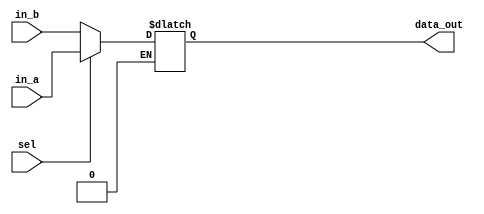
module register_swap(in_a, in_b, sel, data_out);

	/*
 	 * 	SWAP REG REGISTER FILE - swap_reg.v
 	 *	Inputs:	
 	 *		-in_a (4bits): Address of Rs 
 	 *		-in_b (4bits): Address of Rt
 	 *		-sel 1 bit: multiplexer inputs into rf (0 -> swap rs;) (1-> swap rt;)
 	 *	OUTPUTS:
 	 *		-data_out (4bits): Address of register to be swapped
 	 */

input [3:0] in_a;
input [3:0] in_b;
input sel;

output [3:0] data_out;
reg [3:0] data_out;

always @ (in_a, in_b, sel)
begin
	if(sel == 1'b0)
	begin
		data_out <= in_b;
	end
	if(sel == 1'b1)
	begin
		data_out <= in_a;
	end
end

endmodule